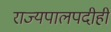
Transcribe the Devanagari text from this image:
राज्यपालपदीही